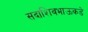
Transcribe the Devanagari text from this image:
सदाशिवभाऊकडे